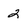
Character: 2